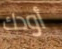
أودك